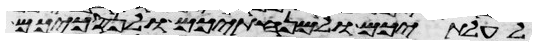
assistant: לעלתיכם ולמנחתיכם ולנסכיכם